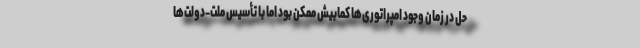
حل در زمان وجود امپراتوری‌ها کمابیش ممکن بود اما با تأسیس ملت‌-دولت‌ها